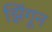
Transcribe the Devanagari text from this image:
झिंगून